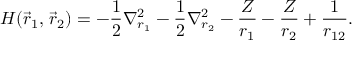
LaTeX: H ( { \vec { r } } _ { 1 } , \, { \vec { r } } _ { 2 } ) = - { \frac { 1 } { 2 } } \nabla _ { r _ { 1 } } ^ { 2 } - { \frac { 1 } { 2 } } \nabla _ { r _ { 2 } } ^ { 2 } - { \frac { Z } { r _ { 1 } } } - { \frac { Z } { r _ { 2 } } } + { \frac { 1 } { r _ { 1 2 } } } .